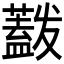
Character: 𰲋